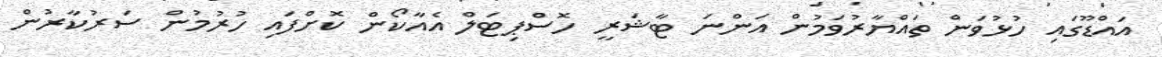
އައްޑޫގައި ހުޅުވަން ތައްޔާރުވަމުން އަންނަ ޓާޝަރީ ހޮސްޕިޓަލް އެއާކޯން ކޮށްފައި ހުރުމުން ސަރުކާރުން